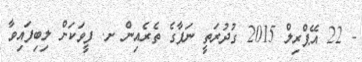
- 22 އޭޕްރިލް 2015 ގުދުރަތީ ނަފާގެ ތެރެއިން ށ. ފީވަކަށް ލިބިފައިވާ